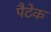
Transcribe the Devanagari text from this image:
पैटेक